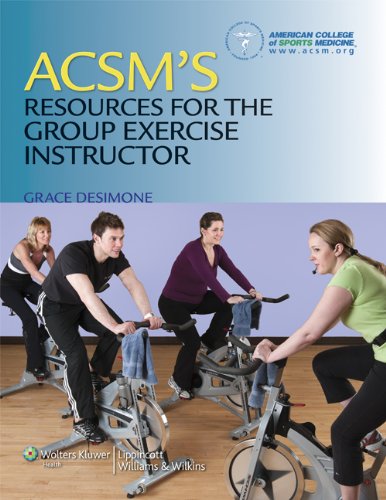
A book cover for ACSM's Resources for the Group Exercise Instructor; American College of Sports Medicine; Medical Books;